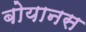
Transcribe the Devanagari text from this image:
बोयानस